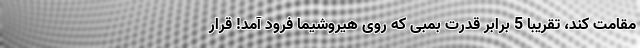
مقامت کند، تقریبا 5 برابر قدرت بمبی که روی هیروشیما فرود آمد! قرار